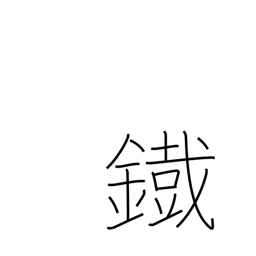
Meaning: iron